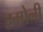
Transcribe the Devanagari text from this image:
एमोनी